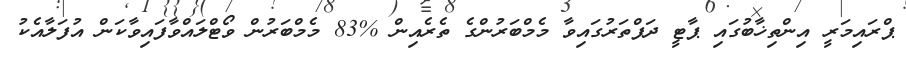
ޕްރައިމަރީ އިންތިޚާބުގައި ޕާޓީ ދަފްތަރުގައިވާ މެމްބަރުންގެ ތެރެއިން %83 މެމްބަރުން ވޯޓްލައްވާފައިވާކަން އުފަލާއެކު